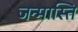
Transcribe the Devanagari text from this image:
जन्मास्ति